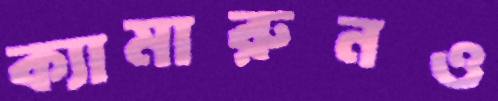
ক্যামারুনও